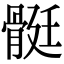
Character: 䯕